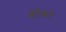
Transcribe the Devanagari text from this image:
ब्लोकों